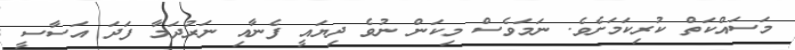
މަސައްކަތް ކުރިކަމަށެވެ. ނަމަވެސް މިކަން ނުވެ ދިޔައީ ފެނާއި ނަރުދަމާ ފަދަ އަސާސީ